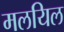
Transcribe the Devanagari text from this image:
मलयिल